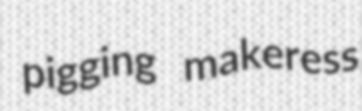
pigging makeress